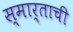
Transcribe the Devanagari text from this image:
स्मार्ताची